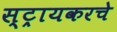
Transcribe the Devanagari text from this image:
स्ट्रायकरचे